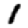
Digit: 1